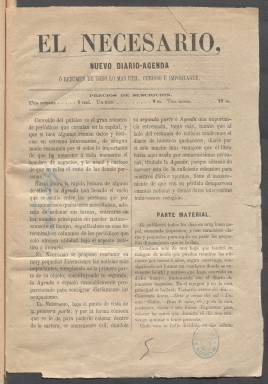
Título: El Necesario (Madrid)
Colección: Periódicos
Ámbito geográfico: Madrid
Lugar de publicación: Madrid
Fechas: 01/12/1863-16/01/1864